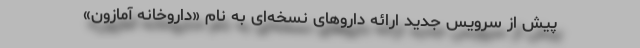
پیش از سرویس جدید ارائه داروهای نسخه‌ای به نام «داروخانه آمازون»